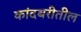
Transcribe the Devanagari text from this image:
कांदबरीतील